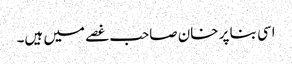
اسی بنا پر خان صاحب غصے میں ہیں۔